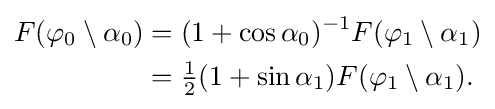
{\begin{aligned}F(\varphi _{0}\setminus \alpha _{0})&=(1+\cos \alpha _{0})^{-1}F(\varphi _{1}\setminus \alpha _{1})\\&={\tfrac {1}{2}}(1+\sin \alpha _{1})F(\varphi _{1}\setminus \alpha _{1}).\end{aligned}}